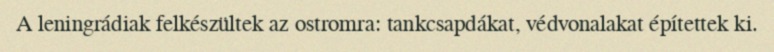
A leningrádiak felkészültek az ostromra: tankcsapdákat, védvonalakat építettek ki.